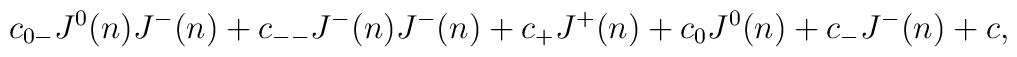
c_{0-} J^0(n)  J^-(n)  + c_{--} J^-(n)  J^-(n)  + c_+ J^+(n)  + c_0 J^0(n) +c_- J^-(n)  + c ,